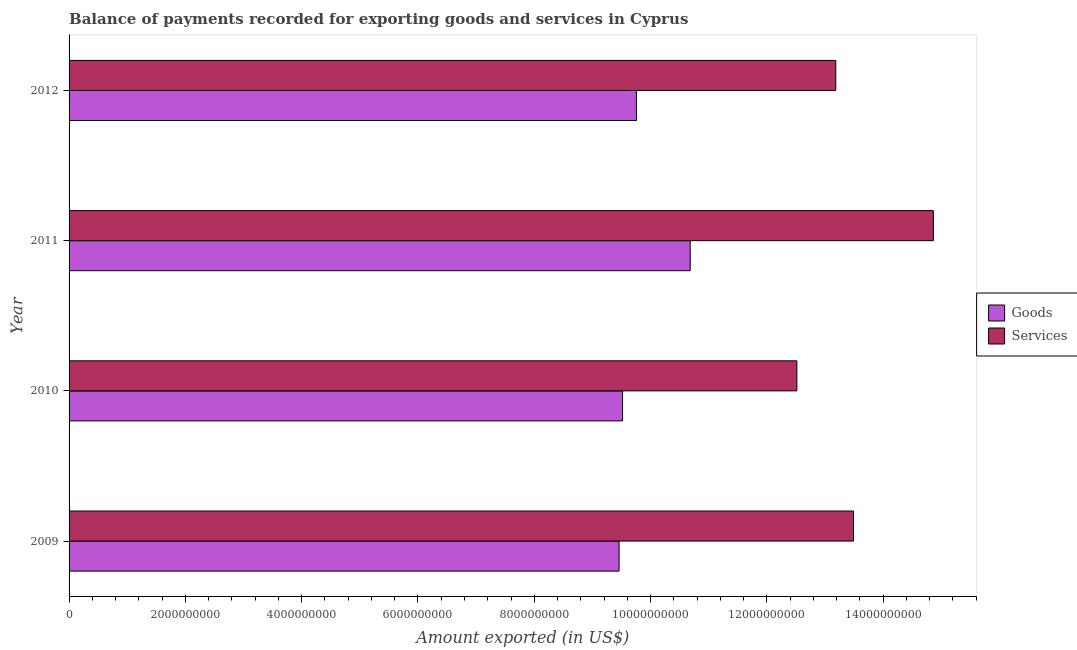
| Year | Goods | Services |
 | --- | --- | --- |
 | 2009 | 9.46e+09 | 1.35e+10 |
 | 2010 | 9.52e+09 | 1.25e+10 |
 | 2011 | 1.07e+10 | 1.49e+10 |
 | 2012 | 9.76e+09 | 1.32e+10 |